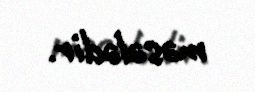
məsələdir.